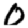
Digit: 0